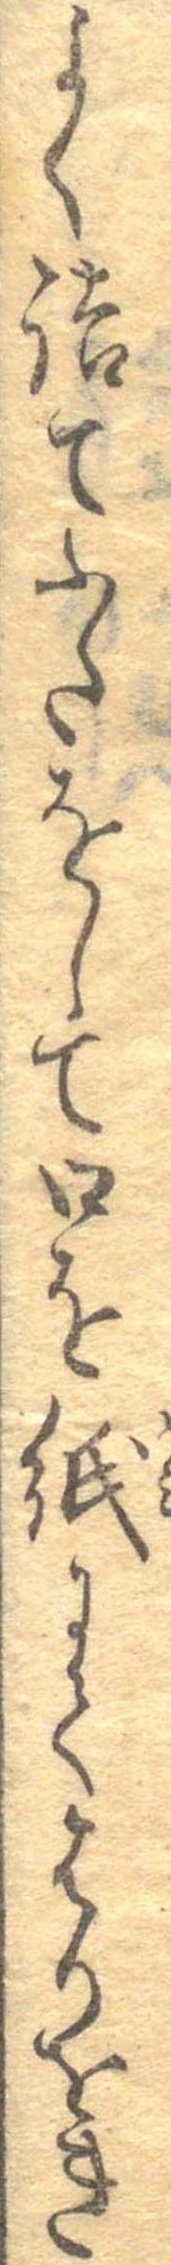
よく詰てふたをして口を紙にてはりをき